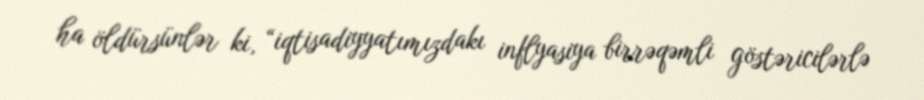
ha öldürsünlər ki, “iqtisadiyyatımızdakı inflyasiya birrəqəmli göstəricilərlə